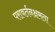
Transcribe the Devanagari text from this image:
परावर्तनक्षमता